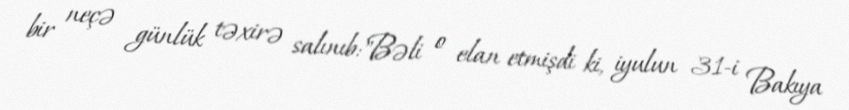
bir neçə günlük təxirə salınıb:"Bəli o elan etmişdi ki, iyulun 31-i Bakıya